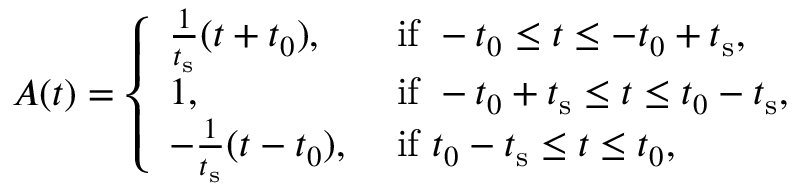
\begin{array} { r } { A ( t ) = \left\{ \begin{array} { l l } { \frac { 1 } { t _ { \mathrm { s } } } ( t + t _ { 0 } ) , } & { \mathrm { ~ i f ~ } - t _ { 0 } \leq t \leq - t _ { 0 } + t _ { \mathrm { s } } , } \\ { 1 , } & { \mathrm { ~ i f ~ } - t _ { 0 } + t _ { \mathrm { s } } \leq t \leq t _ { 0 } - t _ { \mathrm { s } } , } \\ { - \frac { 1 } { t _ { \mathrm { s } } } ( t - t _ { 0 } ) , } & { \mathrm { ~ i f ~ } t _ { 0 } - t _ { \mathrm { s } } \leq t \leq t _ { 0 } , } \end{array} \right. } \end{array}